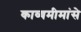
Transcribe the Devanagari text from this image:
काव्यमीमांसे